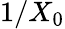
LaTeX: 1/X_{0}